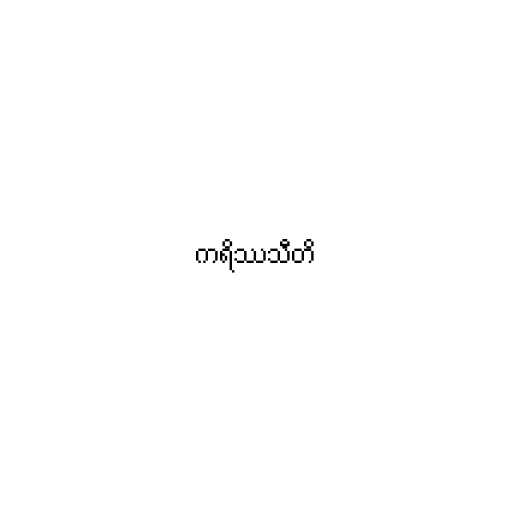
ကရိဿသီတိ